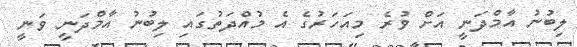
ލިބުނު އާމްދަނީ އަށް ވުރެ މިއަހަރުގެ އެ މުއްދަތުގައި ލިބުނު އާމްދަނީ ވަނީ